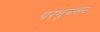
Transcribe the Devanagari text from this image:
परमूत्राशय